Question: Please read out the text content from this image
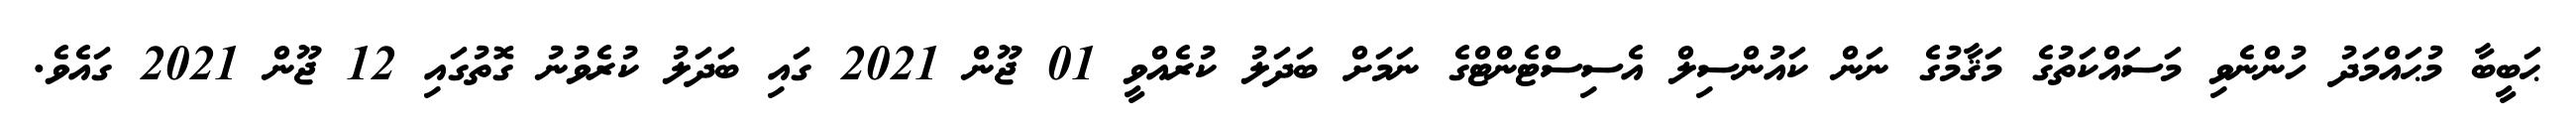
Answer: ޙަބީބާ މުޙައްމަދު ހުންނެވި މަސައްކަތުގެ މަޤާމުގެ ނަން ކައުންސިލް އެސިސްޓެންޓްގެ ނަމަށް ބަދަލު ކުރެއްވީ 01 ޖޫން 2021 ގައި ބަދަލު ކުރެވުނު ގޮތުގައި 12 ޖޫން 2021 ގައެވެ.